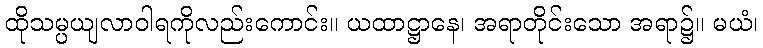
ထိုသမ္ပယျလာဝါရကိုလည်းကောင်း။ ယထာဋ္ဌာနေ၊ အရာတိုင်းသော အရာ၌။ မယံ၊